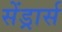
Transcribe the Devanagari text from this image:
सेंड्रार्स